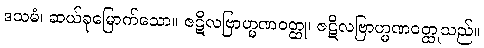
ဒသမံ၊ ဆယ်ခုမြောက်သော။ ဇဋိလဗြာဟ္မဏဝတ္ထု၊ ဇဋိလဗြာဟ္မဏဝတ္ထုသည်။